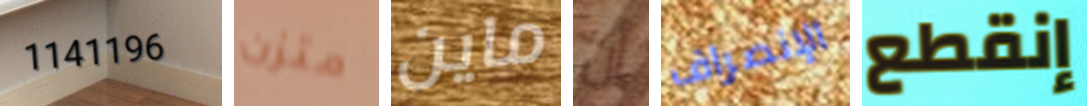
1141196 متزن ماين أن الإنصراف إنقطع